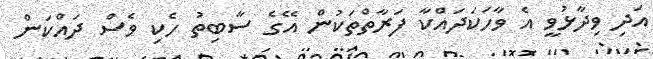
އަދި ވިދާޅުވީ އެ ވާހަކަދައްކާ ފަރާތްތަކުން އޭގެ ސާބިތު ހެކި ވެސް ދައްކަން